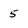
Character: 5